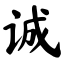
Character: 诚